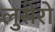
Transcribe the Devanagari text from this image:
लुसेरो